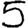
Digit: 5